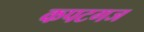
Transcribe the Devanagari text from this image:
कपटगज